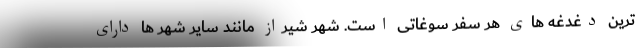
ترین دغدغه های هر سفر سوغاتی است. شهر شیراز مانند سایر شهر ها دارای